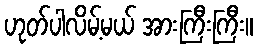
ဟုတ်ပါလိမ့်မယ် အားကြီးကြီး။